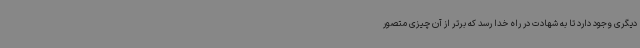
دیگری وجود دارد تا به شهادت در راه خدا رسد که برتر از آن چیزی متصور